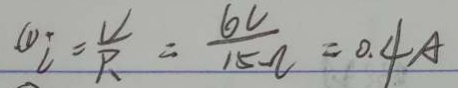
\textcircled { 1 } i = \frac { V } { R } = \frac { 6 v } { 1 5 \Omega } = 0 . 4 A